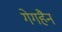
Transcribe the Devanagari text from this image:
गेगहैन